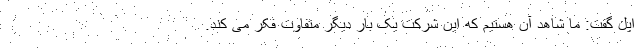
اپل گفت: ما شاهد آن هستیم که این شرکت یک بار دیگر متفاوت فکر می کند.